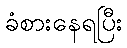
ခံစားနေရပြီး